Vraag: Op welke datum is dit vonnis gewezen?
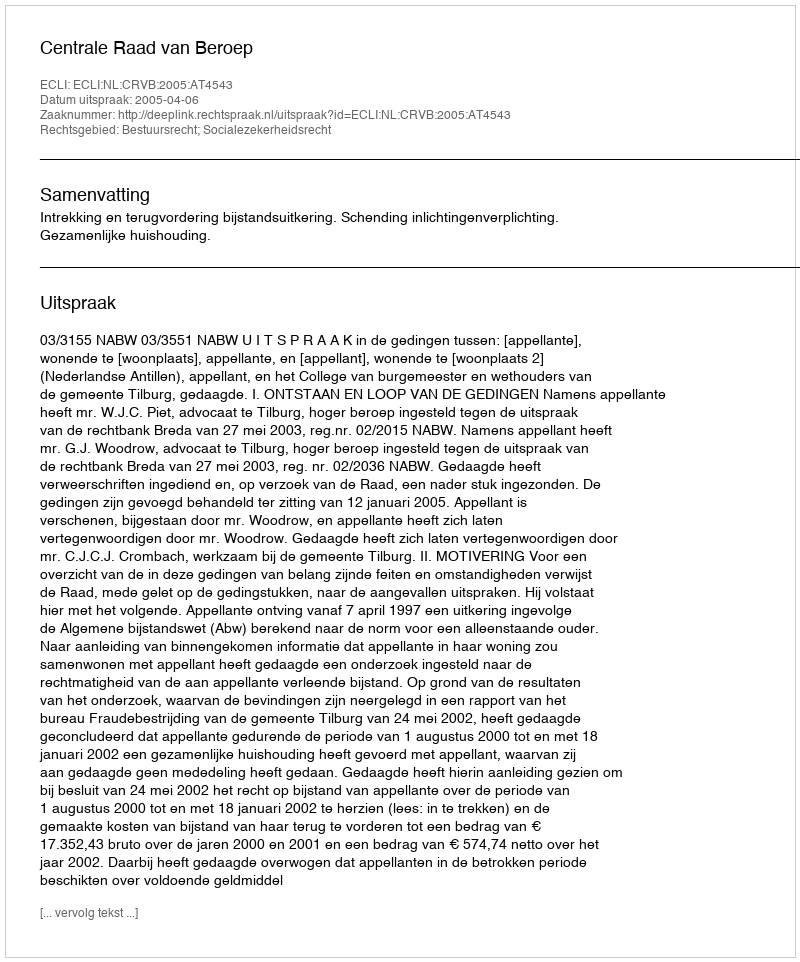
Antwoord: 2005-04-06